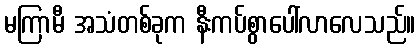
မကြာမီ အသံတစ်ခုက နီးကပ်စွာပေါ်လာလေသည်။